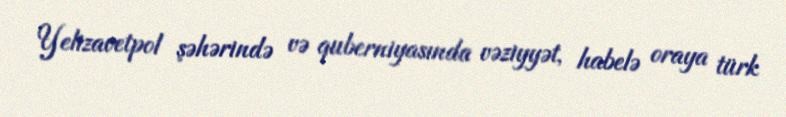
Yelizavetpol şəhərində və quberniyasında vəziyyət, habelə oraya türk